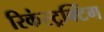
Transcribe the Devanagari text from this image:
रिकंस्ट्रक्टिंग